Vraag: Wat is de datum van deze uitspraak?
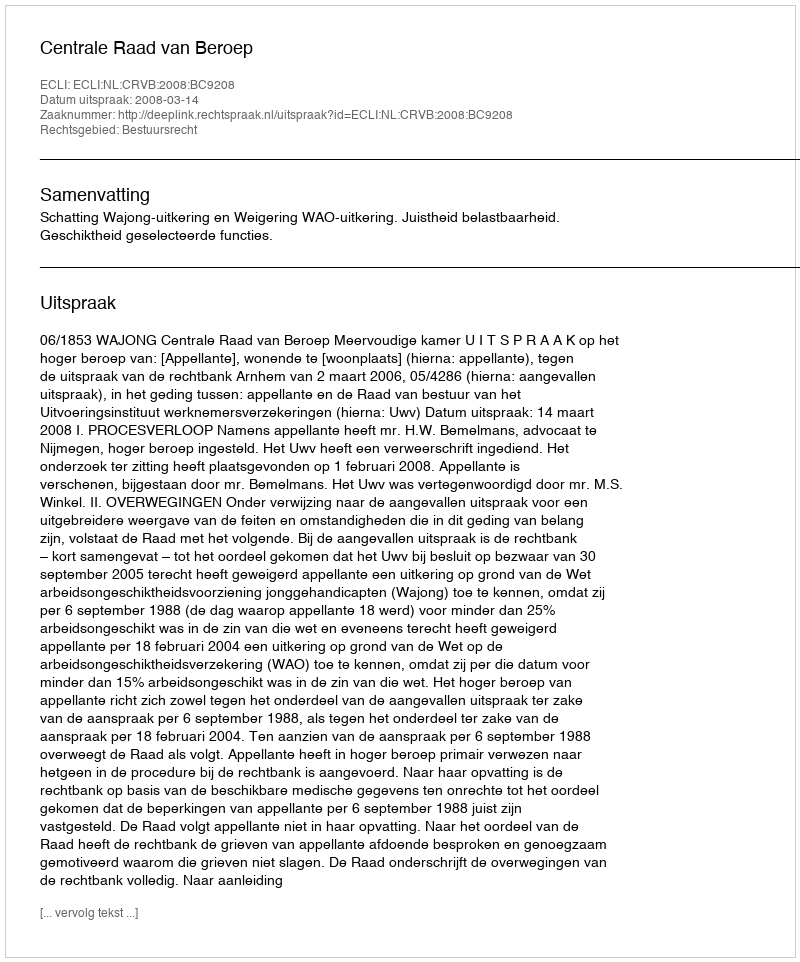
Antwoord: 2008-03-14